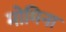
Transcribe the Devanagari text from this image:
मोमिना